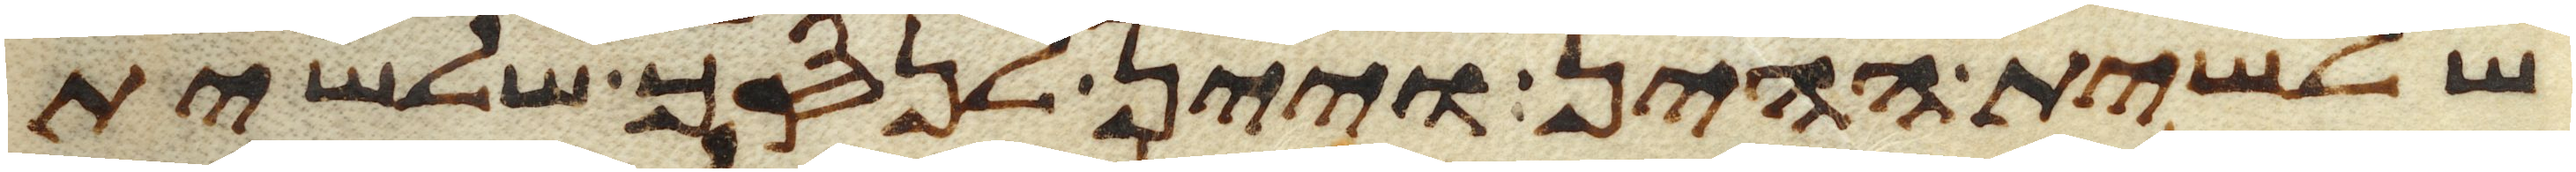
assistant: שלשית ההין ויין לנסך שלשית